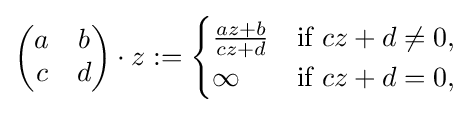
{\begin{pmatrix}a&b\\c&d\\\end{pmatrix}}\cdot z:={\begin{cases}{\frac {az+b}{cz+d}}&{\text{if }}cz+d\neq 0,\\\infty &{\text{if }}cz+d=0,\end{cases}}